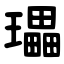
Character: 瓃